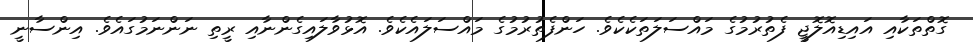
ގޮތްތަކާއި އައިޑިއޮލޮޖީ ފެތުރުމުގެ މައްސަލަތަކެކެވެ. ހަންފެތުރުމުގެ މައްސަލައެކެވެ. އޮޅުވާލައިގެންނާއި ރީތި ނަންނަމުގައެވެ. އިންސާނީ